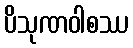
ပိသုဏဝါစဿ